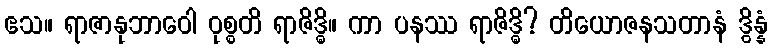
ဧသ။ ရာဇာနုဘာဝေါ ဝုစ္စတိ ရာဇိဒ္ဓိ။ ကာ ပနဿ ရာဇိဒ္ဓိ? တိယောဇနသတာနံ ဒွိန္နံ